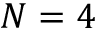
N = 4